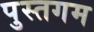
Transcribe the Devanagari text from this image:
पुस्तगम